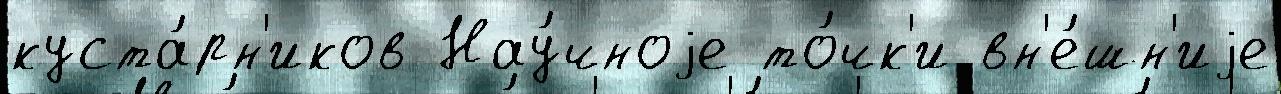
куста́рн'иков Нау́чноjе то́чк'и вн'е́шн'иjе